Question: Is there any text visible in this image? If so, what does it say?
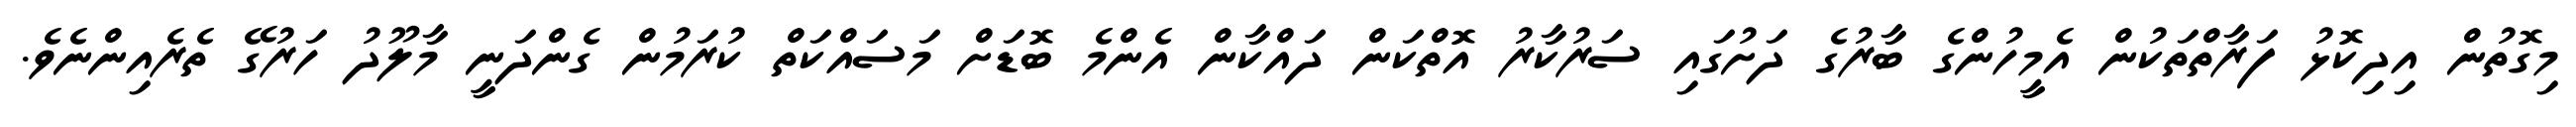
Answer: މިގޮތުން އިދިކޮޅު ފަރާތްތަކުން އެމީހުންގެ ބާރުގެ ދަށުގައި ސަރުކާރު އޮތްކަން ދައްކާން އެންމެ ބޮޑަށް މަސައްކަތް ކުރަމުން ގެންދަނީ މާލޫދު ހަރުގޭ ތެރެއިންނެވެ.